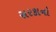
સરકાનો